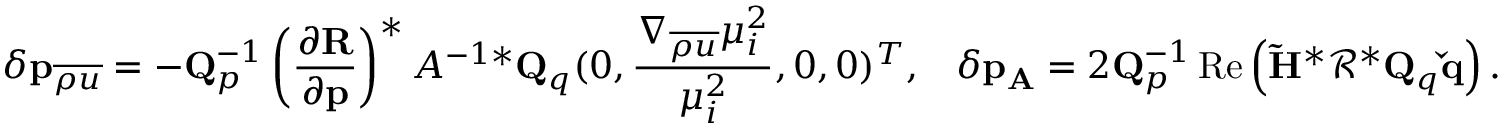
\delta \mathbf { p } _ { \overline { { { \rho u } } } } = - \mathbf { Q } _ { p } ^ { - 1 } \left( \frac { \partial \mathbf { R } } { \partial \mathbf { p } } \right) ^ { * } A ^ { - 1 * } \mathbf { Q } _ { q } ( 0 , \frac { \nabla _ { \overline { { \rho u } } } \mu _ { i } ^ { 2 } } { \mu _ { i } ^ { 2 } } , 0 , 0 ) ^ { T } , \; \; \; \delta \mathbf { p } _ { \mathbf { A } } = 2 \mathbf { Q } _ { p } ^ { - 1 } \operatorname { R e } \left( \mathbf { \tilde { H } } ^ { * } \mathbf { \mathcal { R } } ^ { * } \mathbf { Q } _ { q } \mathbf { \check { q } } \right) .